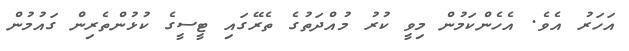
އަހަރު އެވެ. އެހެންކަމުން މިވީ ކުރު މުއްދަތުގެ ތެރޭގައި ޓީސީގެ ކުޅުންތެރިން ގައުމުން